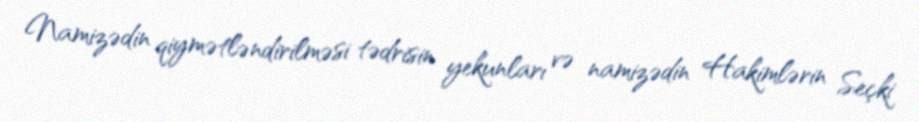
Namizədin qiymətləndirilməsi tədrisin yekunları və namizədin Hakimlərin Seçki